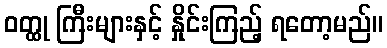
ဝတ္ထု ကြီးများနှင့် နှိုင်းကြည့် ရတော့မည်။